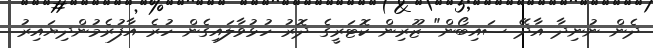
ދެން ނުނިދާ އާދޭ ސައިބޯން" ޒޫރިން ކޮޓަރީގެ ދޮރު ހުޅުވާލައިގެން ހުރެ އާފުރެމުންދިޔައިރު